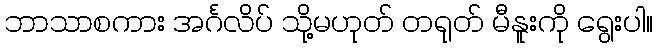
ဘာသာစကား အင်္ဂလိပ် သို့မဟုတ် တရုတ် မီနူးကို ရွေးပါ။